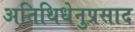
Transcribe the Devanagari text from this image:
अतिथिधेनुप्रसाद